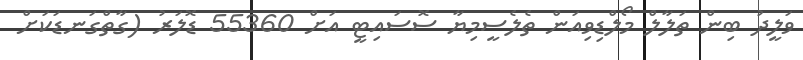
ވަލީދު ބިން ތަލާލް މޯލްޑިވިއަން ތެލެސީމިޔާ ސޮސައިޓީ އަށް 55360 ޑޮލަރު (ގާތްގަނޑަކަށް